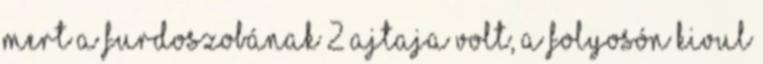
mert a furdoszobának 2 ajtaja volt, a folyosón kivul